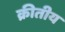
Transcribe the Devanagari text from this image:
क्रीतीय